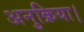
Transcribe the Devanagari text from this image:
अनुक्रिया।